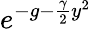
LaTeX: e^{-g-{\frac{\gamma}{2}}y^{2}}